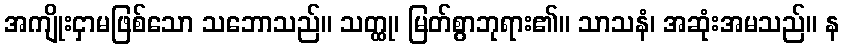
အကျိုးငှာမဖြစ်သော သဘောသည်။ သတ္ထု၊ မြတ်စွာဘုရား၏။ သာသနံ၊ အဆုံးအမသည်။ န